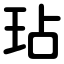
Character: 玷